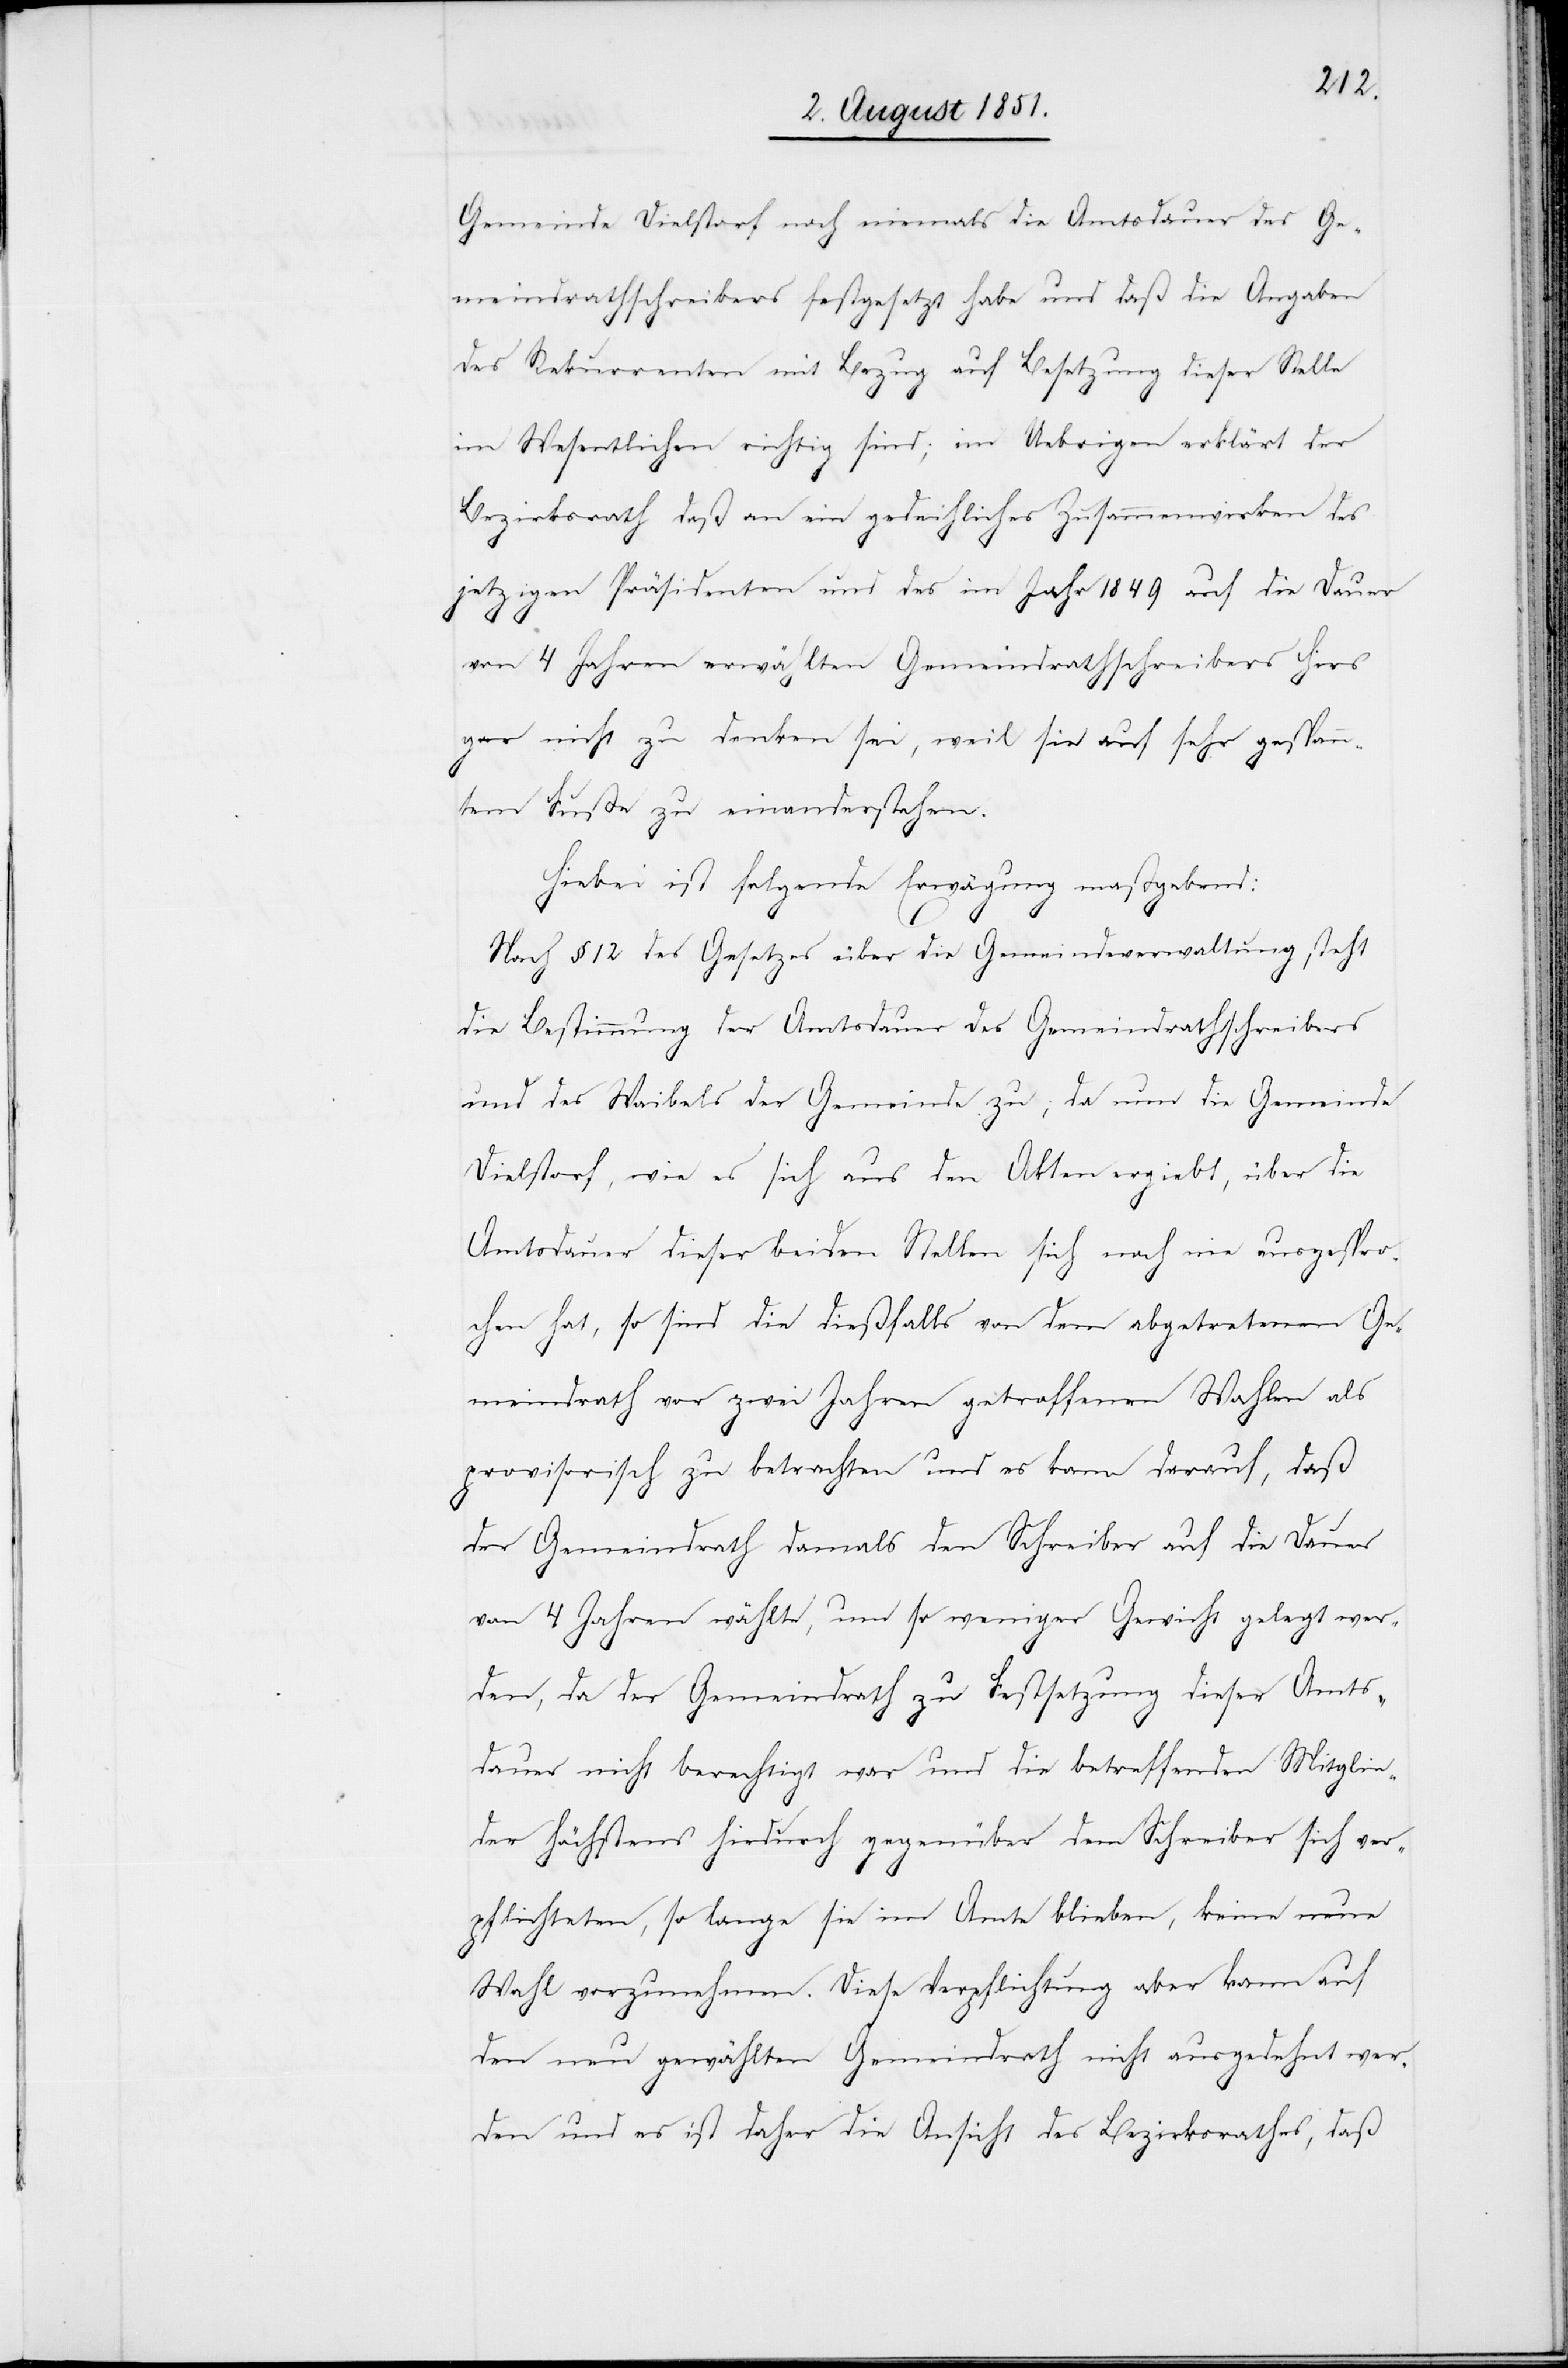
Gemeinde Dielstorf noch niemals die Amtsdauer des Ge¬
meindrathschreibers festgesetzt habe und daß die Angaben
des Rekurrenten mit Bezug auf Besetzung dieser Stelle
im Wesentlichen richtig sind; im Uebrigen erklärt der
Bezirksrath daß an ein gedeihliches Zusammenwirken des
jetzigen Präsidenten und des im Jahr 1849 auf die Dauer
von 4 Jahren erwählten Gemeindrathschreibers Hirs
gar nicht zu denken sei, weil sie auf sehr gespan¬
ntem Fuße zu einanderstehen
Hiebei ist folgende Erwägung maßgebend:
Nach § 12 des Gesetzes über die Gemeindeverwaltung steht
die Bestimmung der Amtsdauer des Gemeindrathschreibers
und des Waibels der Gemeinde zu; da nun die Gemeinde
Dielstorf, wie es sich aus den Akten ergiebt, über die
Amtsdauer dieser beiden Stellen sich noch nie ausgespro¬
chen hat, so sind die dießfalls von dem abgetretenen Ge¬
meindrath vor zwei Jahren getroffenen Wahlen als
provisorisch zu betrachten und es kann darauf, daß
der Gemeindrath damals den Schreiber auf die Dauer
von 4 Jahren wählte, um so weniger Gewicht gelegt wer¬
den, da der Gemeindrath zu Festsetzung dieser Amts¬
dauer nicht berechtigt war und die betreffenden Mitglie¬
der höchstens hiedurch gegenüber dem Schreiber sich ver¬
pflichteten, so lange sie im Amte blieben, keine neue
Wahl vorzunehmen. Diese Verpflichtung aber kann auf
den neu gewählten Gemeindrath nicht ausgedehnt wer¬
den und es ist daher die Ansicht des Bezirksrathes, daß